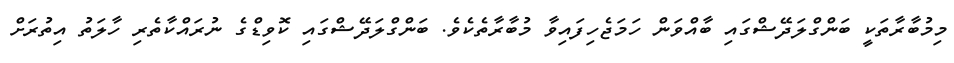
މިމުބާރާތަކީ ބަންގްލަދޭޝްގައި ބާއްވަން ހަމަޖެހިފައިވާ މުބާރާތެކެވެ. ބަންގްލަދޭޝްގައި ކޮވިޑްގެ ނުރައްކާތެރި ހާލަތު އިތުރަށް